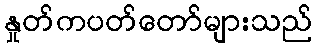
နှုတ်ကပတ်တော်များသည်